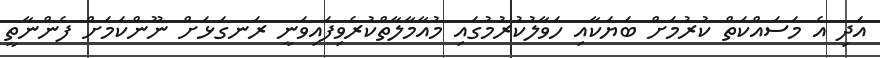
އަދި އެ މަސައްކަތް ކުރުމަށް ބަޔަކާއި ހަވާލުކުރުމުގައި މުއާމާލާތްކުރެވިފައިވަނީ ރަނގަޅަށް ނޫންކަމަށް ފެންނާތީ